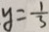
y = \frac { 1 } { 3 }